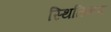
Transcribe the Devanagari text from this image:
स्थितिकण